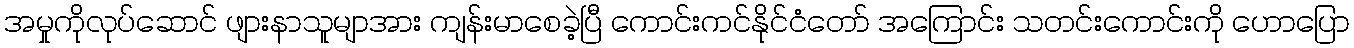
အမှုကိုလုပ်ဆောင် ဖျားနာသူမျာအား ကျန်းမာစေခဲ့ပြီ ကောင်းကင်နိုင်ငံတော် အကြောင်း သတင်းကောင်းကို ဟောပြော